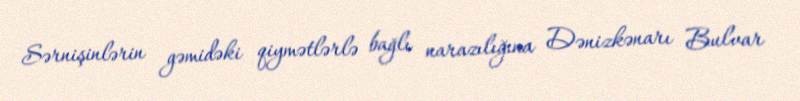
Sərnişinlərin gəmidəki qiymətlərlə bağlı narazılığına Dənizkənarı Bulvar